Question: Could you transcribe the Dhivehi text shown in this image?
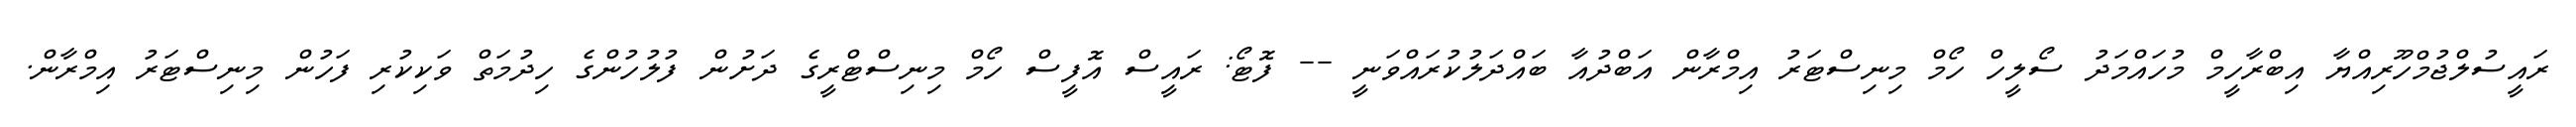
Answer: ރައީސުލްޖުމްހޫރިއްޔާ އިބްރާހީމް މުހައްމަދު ސޯލީހް ހޯމް މިނިސްޓަރު އިމްރާން އަބްދުއާ ބައްދަލުކުރައްވަނީ -- ފޮޓޯ: ރައީސް އޮފީސް ހޯމް މިނިސްޓްރީގެ ދަށުން ފުލުހުންގެ ހިދުމަތް ވަކިކުރި ފަހުން މިނިސްޓަރު އިމްރާން.